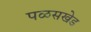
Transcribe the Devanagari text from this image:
पळसखेड